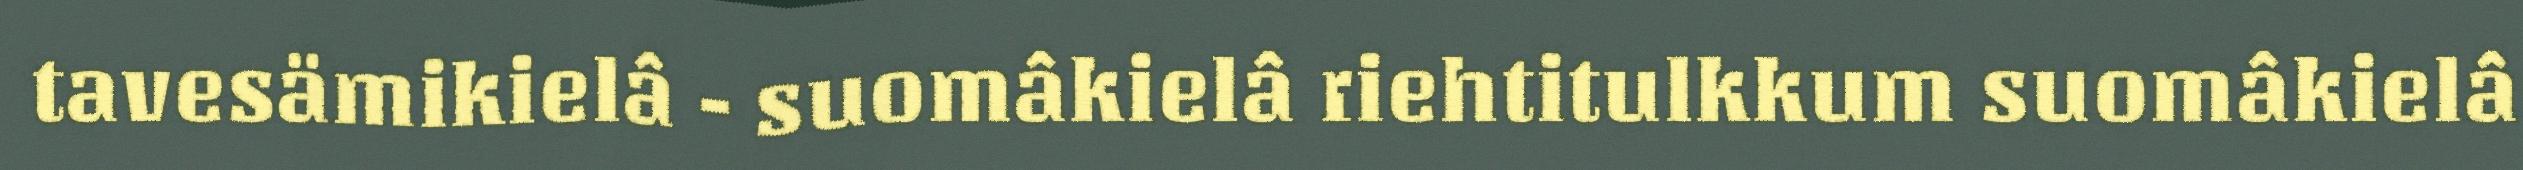
tavesämikielâ - suomâkielâ riehtitulkkum suomâkielâ